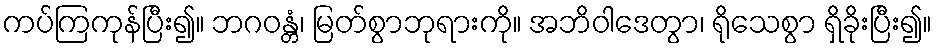
ကပ်ကြကုန်ပြီး၍။ ဘဂဝန္တံ၊ မြတ်စွာဘုရားကို။ အဘိဝါဒေတွာ၊ ရိုသေစွာ ရှိခိုးပြီး၍။